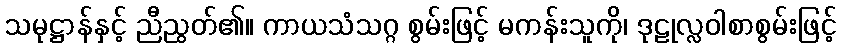
သမုဋ္ဌာန်နှင့် ညီညွတ်၏။ ကာယသံသဂ္ဂ စွမ်းဖြင့် မကန်းသူကို၊ ဒုဠုလ္လဝါစာစွမ်းဖြင့်